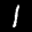
Label: 1